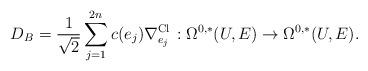
LaTeX: \begin{align*} D_B=\frac{1}{\sqrt{2}}\sum^{2n}_{j=1}c(e_j)\nabla^{\mathrm{Cl\,}}_{e_j}:\Omega^{0,*}(U,E)\rightarrow\Omega^{0,*}(U,E).\end{align*}